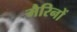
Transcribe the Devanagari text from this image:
मैरिनों